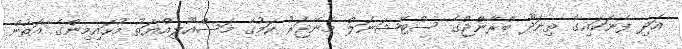
އަދި ފެނަކައިގެ ތިނަދޫ ބްރާންޖްގެ ސްޓޭޝަނަލް މެނޭޖަރު ކަމުގެ މަސްއޫލިއްޔަތު މުހައިމިންގެ އަތުން